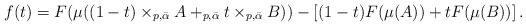
\begin{align*} f(t) = F(\mu((1-t) \times_{p,\bar{\alpha}} A +_{p,\bar{\alpha}} t \times_{p,\bar{\alpha}} B))-\left[(1-t) F(\mu(A)) + t F(\mu(B))\right]. \end{align*}